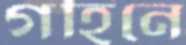
গহিনে